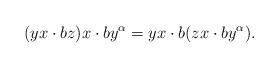
LaTeX: \begin{align*}(yx\cdot bz)x\cdot by^{\alpha}=yx\cdot b(zx\cdot by^{\alpha}).\end{align*}